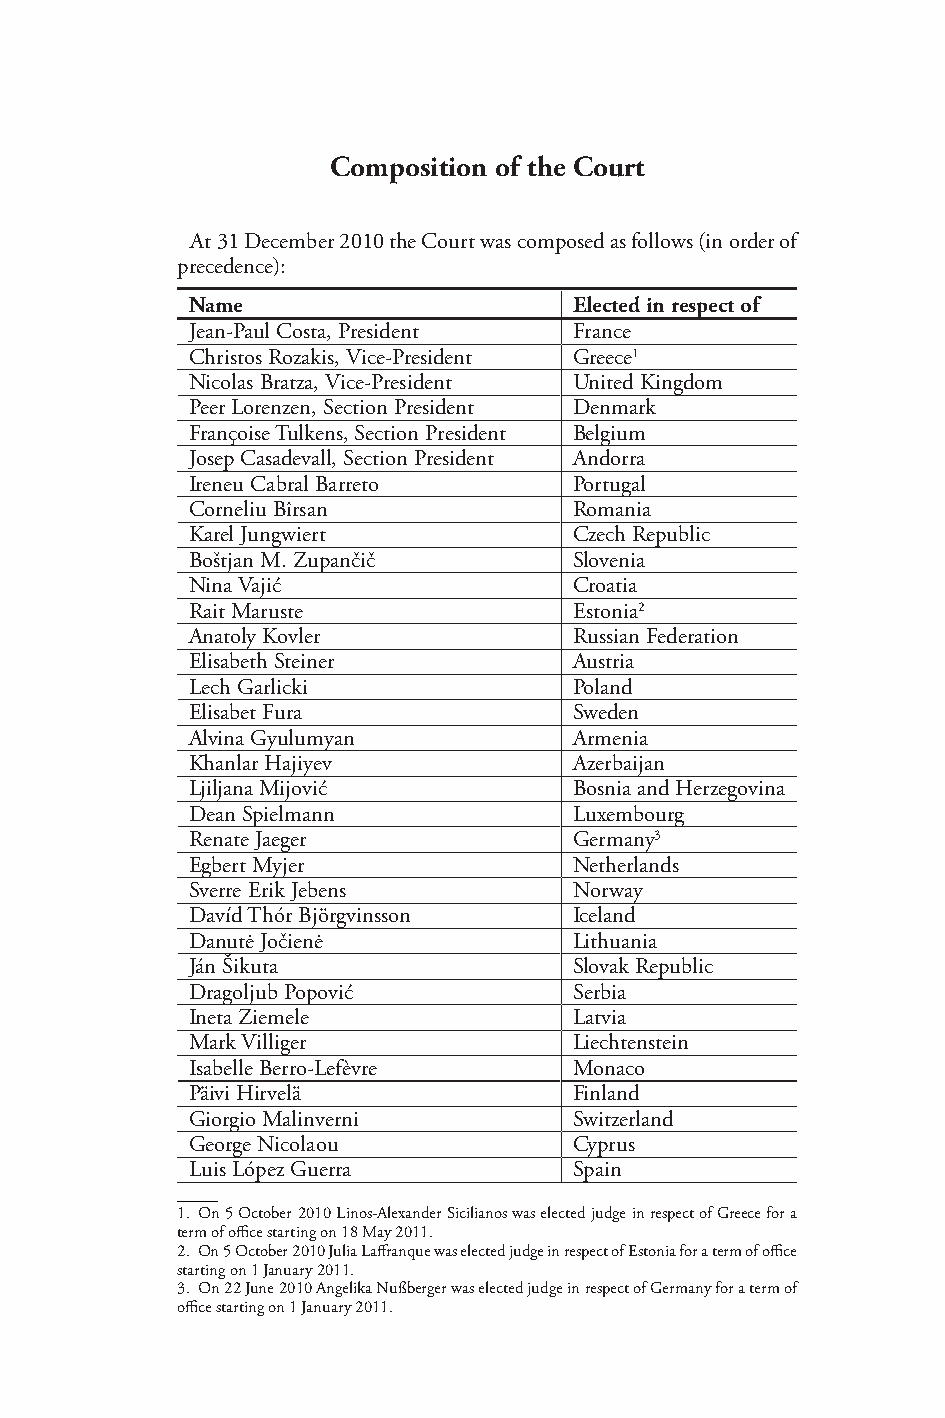
Composition of the Court
 At 31 December 2010 the Court was composed as follows (in order of
 precedence):
 Name                     Elected in respect of
 Jean-Paul Costa, President France
 Christos Rozakis, Vice-President Greece1
 Nicolas Bratza, Vice-President United Kingdom
 Peer Lorenzen, Section President Denmark
 Françoise Tulkens, Section President Belgium
 Josep Casadevall, Section President Andorra
 Ireneu Cabral Barreto    Portugal
 Corneliu Bîrsan          Romania
 Karel Jungwiert          Czech Republic
 Boštjan M. Zupančič      Slovenia
 Nina Vajić               Croatia
 Rait Maruste             Estonia2
 Anatoly Kovler           Russian Federation
 Elisabeth Steiner        Austria
 Lech Garlicki            Poland
 Elisabet Fura            Sweden
 Alvina Gyulumyan         Armenia
 Khanlar Hajiyev          Azerbaijan
 Ljiljana Mijović         Bosnia and Herzegovina
 Dean Spielmann           Luxembourg
 Renate Jaeger            Germany3
 Egbert Myjer             Netherlands
 Sverre Erik Jebens       Norway
 Davíd Thór Björgvinsson  Iceland
 Danutė Jočienė           Lithuania
 Ján Šikuta               Slovak Republic
 Dragoljub Popović        Serbia
 Ineta Ziemele            Latvia
 Mark Villiger            Liechtenstein
 Isabelle Berro-Lefèvre   Monaco
 Päivi Hirvelä            Finland
 Giorgio Malinverni       Switzerland
 George Nicolaou          Cyprus
 Luis López Guerra        Spain
 1. On 5 October 2010 Linos-Alexander Sicilianos was elected judge in respect of Greece for a
 term of office starting on 18 May 2011.
 2. On 5 October 2010 Julia Laffranque was elected judge in respect of Estonia for a term of office
 starting on 1 January 2011.
 3. On 22 June 2010 Angelika Nußberger was elected judge in respect of Germany for a term of
 office starting on 1 January 2011.